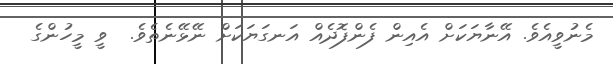
މެނުވީއެވެ. އޭނާޔަކަށް އެއިން ފެންފޮދެއް އަނގަޔަކަށް ނޭޅޭނެތެވެ.  ވީ މީހުންގެ